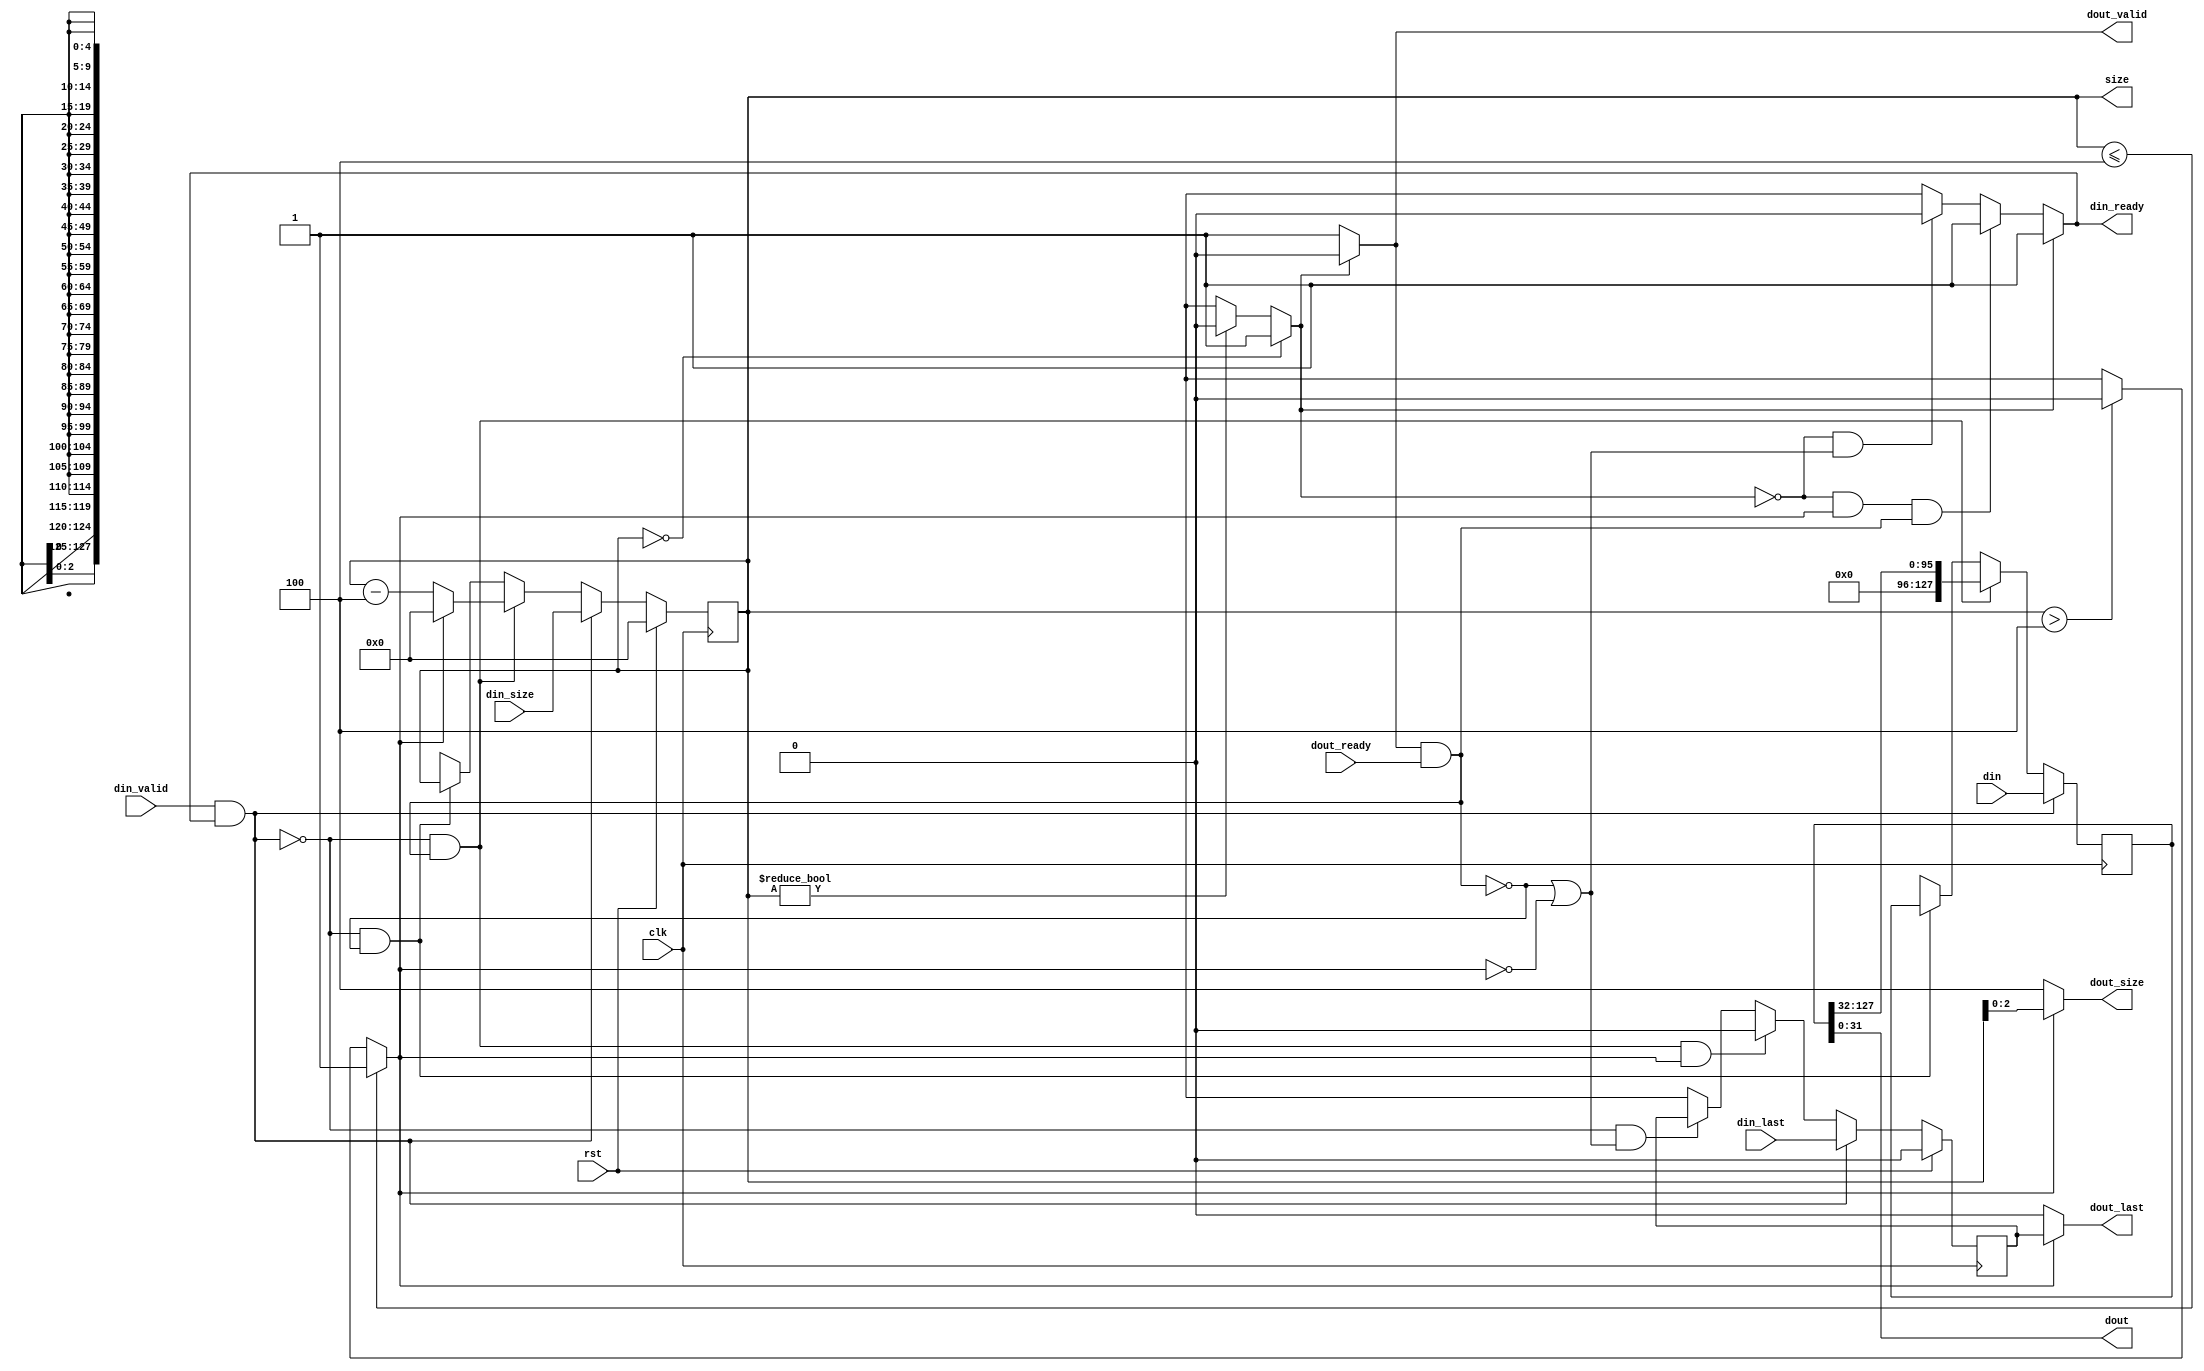
/*--------------------------------------------------------------------------------*/
/* Implementation by Pedro Maat C. Massolino,                                     */
/* hereby denoted as "the implementer".                                           */
/*                                                                                */
/* To the extent possible under law, the implementer has waived all copyright     */
/* and related or neighboring rights to the source code in this file.             */
/* http://creativecommons.org/publicdomain/zero/1.0/                              */
/*--------------------------------------------------------------------------------*/
`default_nettype    none

module friet_stream_buffer_out
#(parameter DIN_WIDTH = 128,
parameter DIN_SIZE_WIDTH = 4,
parameter DOUT_WIDTH = 32,
parameter DOUT_SIZE_WIDTH = 2)
(
    input wire clk,
    input wire rst,
    input wire [(DIN_WIDTH-1):0] din,
    input wire [DIN_SIZE_WIDTH:0] din_size,
    input wire din_last,
    input wire din_valid,
    output wire din_ready,
    output wire [(DOUT_WIDTH-1):0] dout,
    output wire [DOUT_SIZE_WIDTH:0] dout_size,
    output wire dout_valid,
    input wire dout_ready,
    output wire dout_last,
    output wire [DIN_SIZE_WIDTH:0] size
);

reg int_din_ready;
wire din_valid_and_ready;

reg int_dout_valid;
wire dout_valid_and_ready;

reg [(DIN_WIDTH-1):0] reg_buffer, next_buffer;
reg [DIN_SIZE_WIDTH:0] reg_buffer_size, next_buffer_size;
reg reg_buffer_last, next_buffer_last;

reg is_reg_buffer_size_empty, is_reg_buffer_size_less_equal_four;

assign din_valid_and_ready  = din_valid & int_din_ready;
assign dout_valid_and_ready = int_dout_valid & dout_ready;

always @(posedge clk) begin
    reg_buffer <= next_buffer;
    reg_buffer_size <= next_buffer_size;
    reg_buffer_last <= next_buffer_last;
end

always @(*) begin
    if(din_valid_and_ready == 1'b1) begin
        next_buffer = din;
    end else if((din_valid_and_ready == 1'b0) && (dout_valid_and_ready == 1'b1)) begin
        next_buffer = {{DOUT_WIDTH{1'b0}}, reg_buffer[(DIN_WIDTH-1):DOUT_WIDTH]};
    end else if((din_valid_and_ready == 1'b0) && (dout_valid_and_ready == 1'b0)) begin
        next_buffer = reg_buffer;
    end else begin
        next_buffer = {(DIN_WIDTH){1'bx}};
    end
end

always @(*) begin
    if(reg_buffer_size == {(DIN_SIZE_WIDTH+1){1'b0}}) begin
        is_reg_buffer_size_empty = 1'b1;
    end else if(reg_buffer_size != {(DIN_SIZE_WIDTH+1){1'b0}}) begin
        is_reg_buffer_size_empty = 1'b0;
    end else begin
        is_reg_buffer_size_empty = 1'bx;
    end
end

always @(*) begin
    if(reg_buffer_size <= 2**DOUT_SIZE_WIDTH) begin
        is_reg_buffer_size_less_equal_four = 1'b1;
    end else if(reg_buffer_size > 2**DOUT_SIZE_WIDTH) begin
        is_reg_buffer_size_less_equal_four = 1'b0;
    end else begin
        is_reg_buffer_size_less_equal_four = 1'bx;
    end
end

always @(*) begin
    if(rst == 1'b1) begin
        next_buffer_size = {(DIN_SIZE_WIDTH+1){1'b0}};
    end else if(rst == 1'b0) begin
        if(din_valid_and_ready == 1'b1) begin
            next_buffer_size = din_size;
        end else if((din_valid_and_ready == 1'b0) && (dout_valid_and_ready == 1'b1)) begin
            if(is_reg_buffer_size_less_equal_four == 1'b1) begin
                next_buffer_size = {(DIN_SIZE_WIDTH+1){1'b0}};
            end else if(is_reg_buffer_size_less_equal_four == 1'b0) begin
                next_buffer_size = reg_buffer_size - 2**DOUT_SIZE_WIDTH;
            end else begin
                next_buffer_size = {(DIN_SIZE_WIDTH+1){1'bx}};
            end
        end else if((din_valid_and_ready == 1'b0) && (dout_valid_and_ready == 1'b0)) begin
            next_buffer_size = reg_buffer_size;
        end else begin
            next_buffer_size = {(DIN_SIZE_WIDTH+1){1'bx}};
        end
    end else begin
        next_buffer_size = {(DIN_SIZE_WIDTH+1){1'bx}};
    end
end

always @(*) begin
    if(rst == 1'b1) begin
        next_buffer_last = 1'b0;
    end else if(rst == 1'b0) begin
        if((din_valid_and_ready == 1'b1)) begin
            next_buffer_last = din_last;
        end else if((din_valid_and_ready == 1'b0) && (dout_valid_and_ready == 1'b1) && (is_reg_buffer_size_less_equal_four == 1'b1)) begin
            next_buffer_last = 1'b0;
        end else if((din_valid_and_ready == 1'b0) && ((dout_valid_and_ready == 1'b0) || (is_reg_buffer_size_less_equal_four == 1'b0))) begin
            next_buffer_last = reg_buffer_last;
        end else begin
            next_buffer_last = 1'bx;
        end
    end else begin
        next_buffer_last = 1'bx;
    end
end

always @(*) begin
    if((is_reg_buffer_size_empty == 1'b0)) begin
        int_dout_valid = 1'b1;
    end else if((is_reg_buffer_size_empty == 1'b1)) begin
        int_dout_valid = 1'b0;
    end else begin
        int_dout_valid = 1'bx;
    end
end

always @(*) begin
    if((is_reg_buffer_size_empty == 1'b1)) begin
        int_din_ready = 1'b1;
    end else if((is_reg_buffer_size_empty == 1'b0) && (is_reg_buffer_size_less_equal_four == 1'b1) && (dout_valid_and_ready == 1'b1)) begin
        int_din_ready = 1'b1;
    end else if((is_reg_buffer_size_empty == 1'b0) && ((is_reg_buffer_size_less_equal_four == 1'b0) || (dout_valid_and_ready == 1'b0))) begin
        int_din_ready = 1'b0;
    end else begin
        int_din_ready = 1'bx;
    end
end

assign din_ready = int_din_ready;
assign dout = reg_buffer[(DOUT_WIDTH-1):0];
assign dout_size = (is_reg_buffer_size_less_equal_four == 1'b1) ? reg_buffer_size[DOUT_SIZE_WIDTH:0] :
                   (is_reg_buffer_size_less_equal_four == 1'b0) ? {1'b1, {DOUT_SIZE_WIDTH{1'b0}}}    : {(DOUT_SIZE_WIDTH+1){1'bx}};
assign dout_valid = int_dout_valid;
assign dout_last = (is_reg_buffer_size_less_equal_four == 1'b1) ? reg_buffer_last :
                   (is_reg_buffer_size_less_equal_four == 1'b0) ? 1'b0            : 1'bx;
assign size = reg_buffer_size;

endmodule